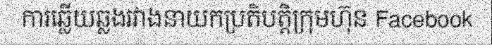
ការឆ្លើយឆ្លងរវាងនាយកប្រតិបត្តិក្រុមហ៊ុន Facebook